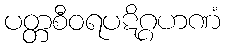
ပတ္တစီဝရပဋိဂ္ဂဟဏံ